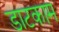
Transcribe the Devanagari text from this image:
डाटकाम